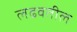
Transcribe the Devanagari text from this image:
लढवतील